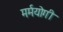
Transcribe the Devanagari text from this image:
मर्मयोगी